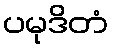
ပမုဒိတံ